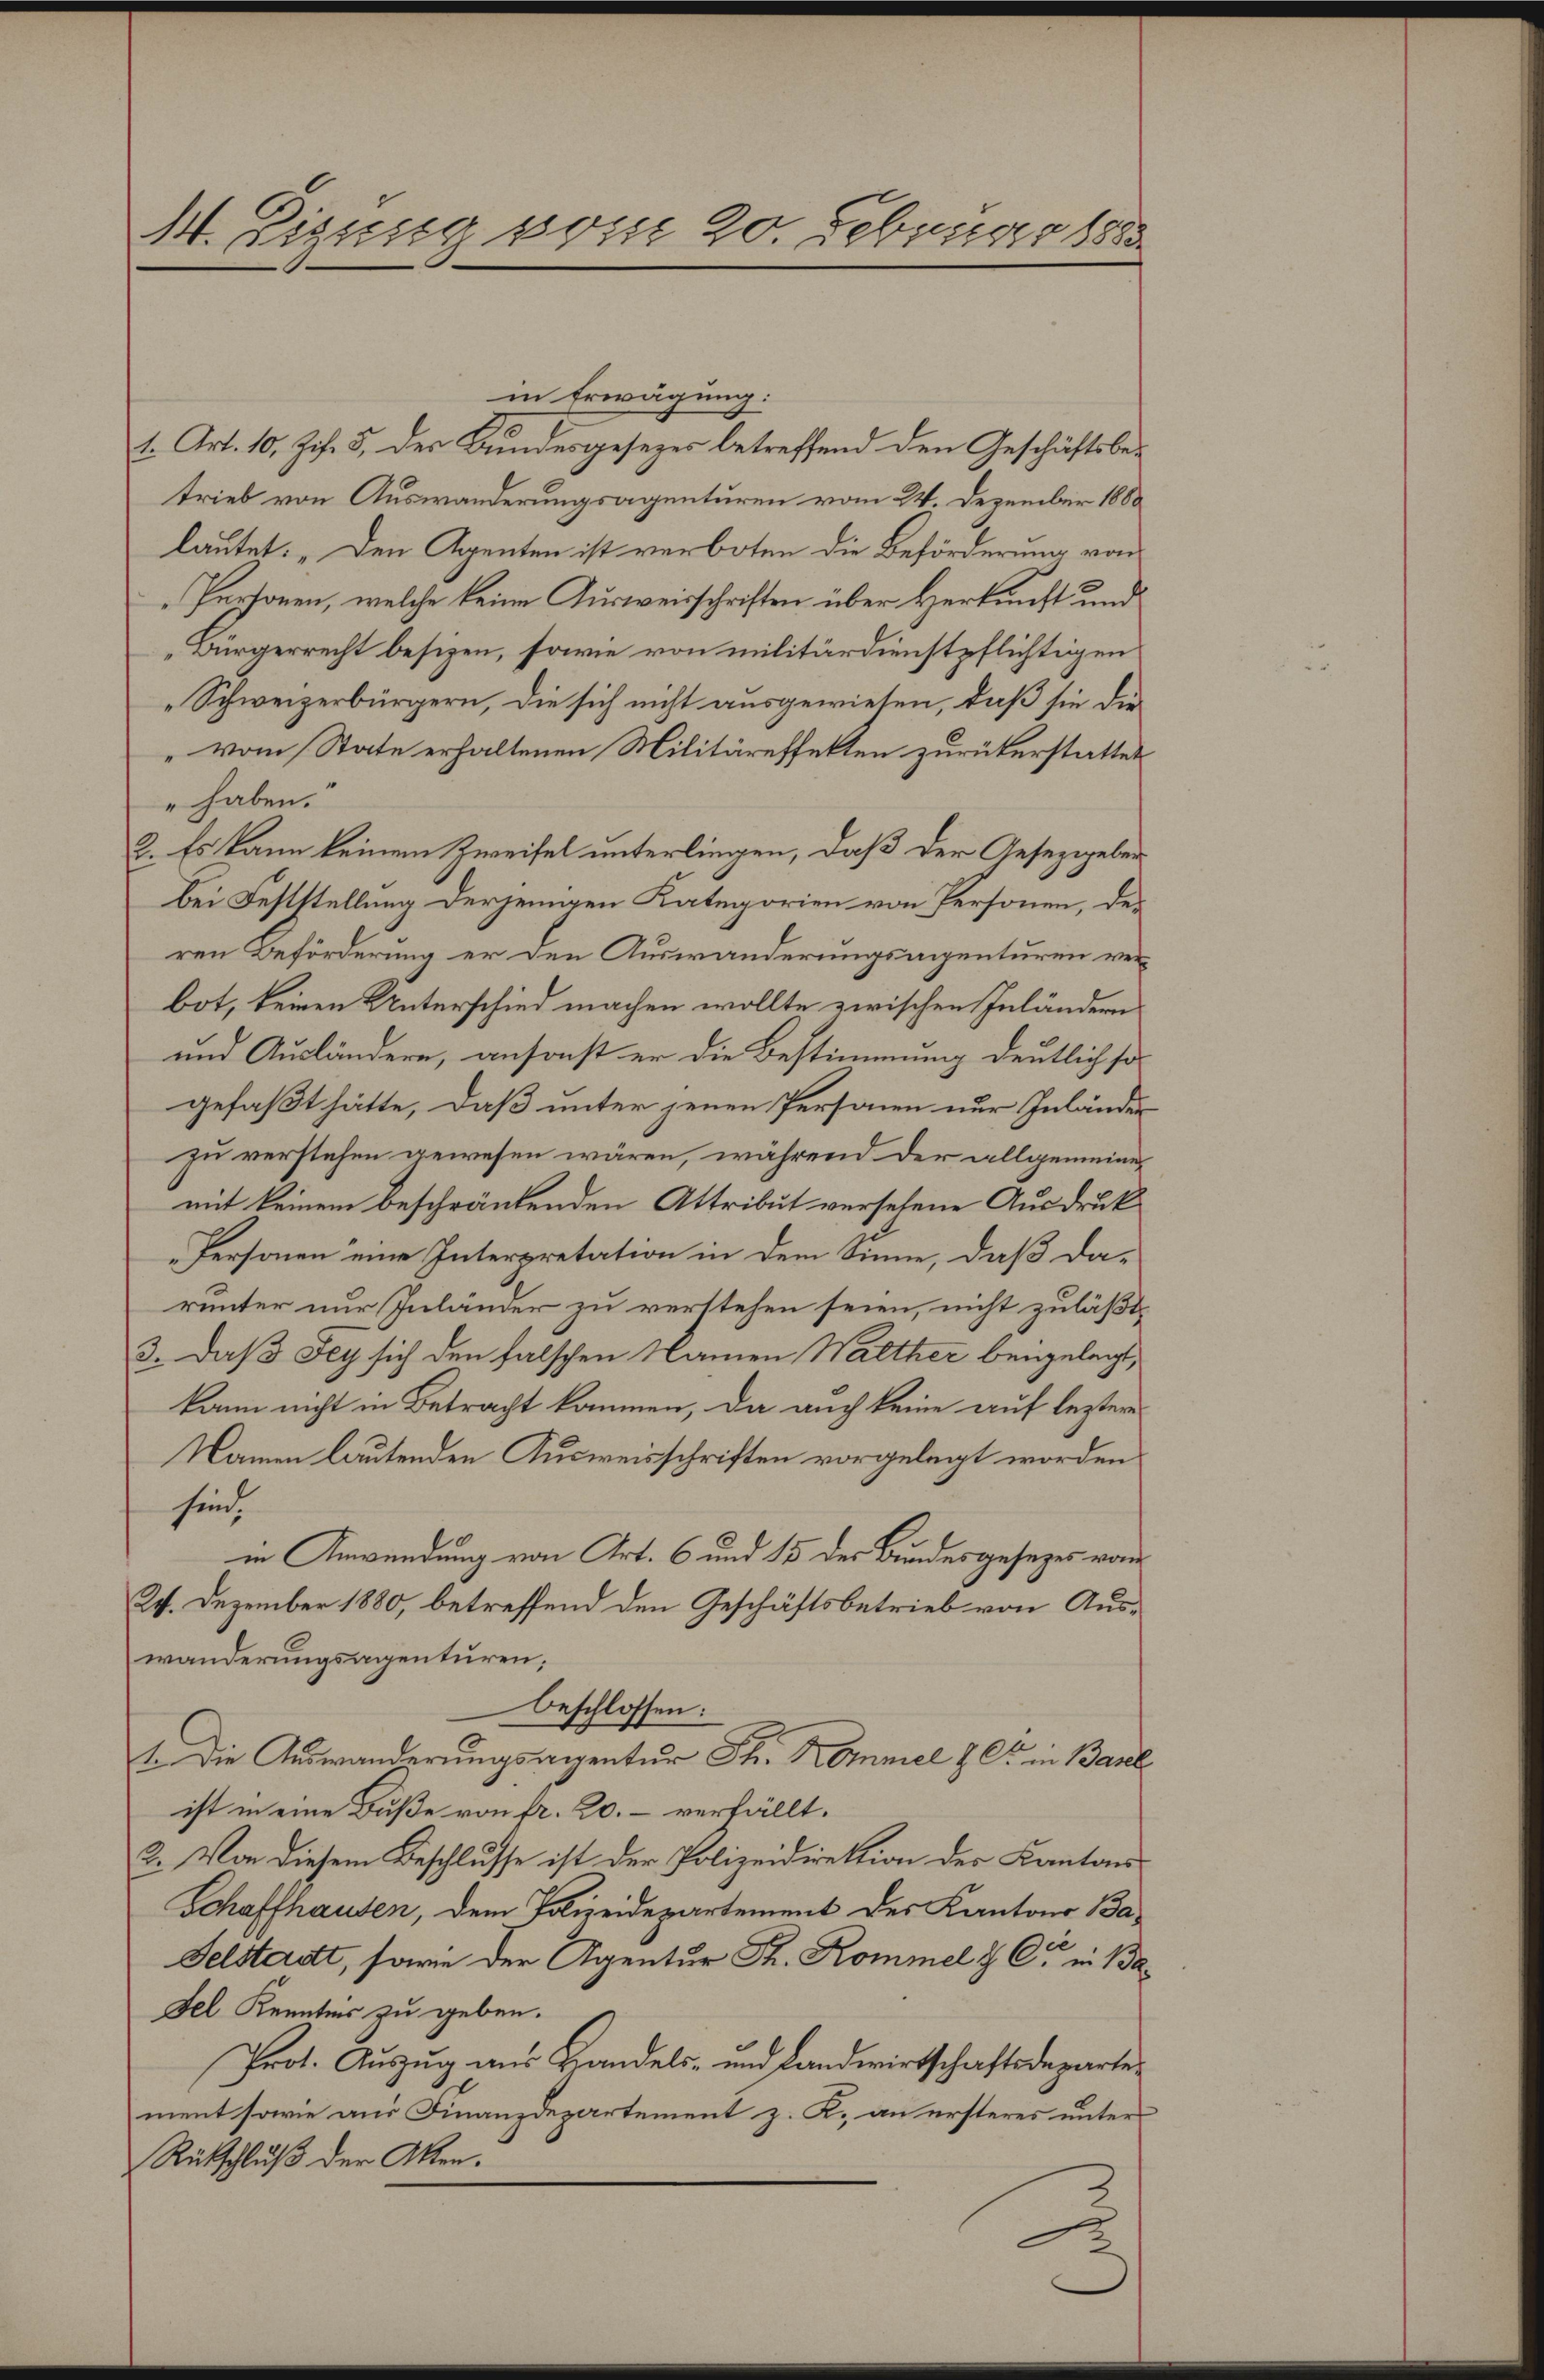
14. Eigung vom 20. Februar 1883.

in Erwägung.
1. Art. 10. Zif. 5, der Bundesgesezes betreffend den Geschäftsbetrieb von Auswanderungsagenturen vom 24. Dezember 1880
lautet: „Den Agenten ist verboten die Beförderung von
Pertonen, welche keine Ausweisschriften über Herkunft und
Bürgerrecht besizen, sowie von militärdienstpflichtigen
„Schweizerbürgern, die sich nicht ausgewiesen, daß sie die
" vom State erhaltenen Militäreffekten zurückerstattet
" haben.“
2. Es kann keinem Zweifel unterliegen, daß der Gesetzgeber
bei Feststellung derjenigen Kategorien von Personen, der
ren Beförderung er den Auswanderungsregenturen verbot, keinen Unterschied machen wollte zwischen Inländern
und Ausländern, ansonst er die Bestimmung deutlich sogefaßt hätte, daß unter jenen Personen nur Inländer
zu verstehen gewesen wären, während der allgemeinemit keinem beschränkenden Attribut versehene Ausdruck
Personen eine Interpretation in dem Sinne, daß da-
runter nur Inländer zu verstehen seien, nicht zuläßt,
3. daß Sey sich den falschen Namen Walther beigelegt,
kann nicht in Betracht kommen, da auch keine auf leztere
Namen lautenden Ausweisschriften vorgelegt worden
sind.
in Anwendung von Art. 6 und 15 des Bundesgesezes vom
2. Dezember 1880, betreffend den Geschäftsbetrieb von Auswanderungsagenturen;
beschlossen:
1. Die Auswänderungsregentur Th. Kommel h. Er in Baselist in eine Buße von fr. 20. verfällt.
2. Von diesem Beschlusse ist der Polizeidirektion der Kantons
Schaffhausen, dem Polizeidepartement des Kantons Ba¬
Felstadt, sowie der Agentur Sr. Kommel & Cie in Ba¬
Fel Kenntnis zu geben.
Prot. Auszug aus Handels- und Landwirtschaftsdepartement sowie aus Finanzdepartement z. K. an ersteres unter
Rückschluß der Akten.